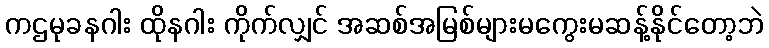
ကဌမုခနဂါး ထိုနဂါး ကိုက်လျှင် အဆစ်အမြစ်များမကွေးမဆန့်နိုင်တော့ဘဲ